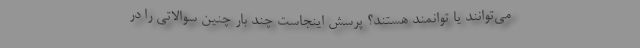
می‌توانند یا توانمند هستند؟ پرسش اینجاست چند بار چنین سوالاتی را در